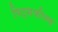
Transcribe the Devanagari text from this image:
पिट्सफील्ड